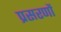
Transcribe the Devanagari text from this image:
प्रसरणों